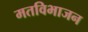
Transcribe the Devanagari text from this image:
मतविभाजन